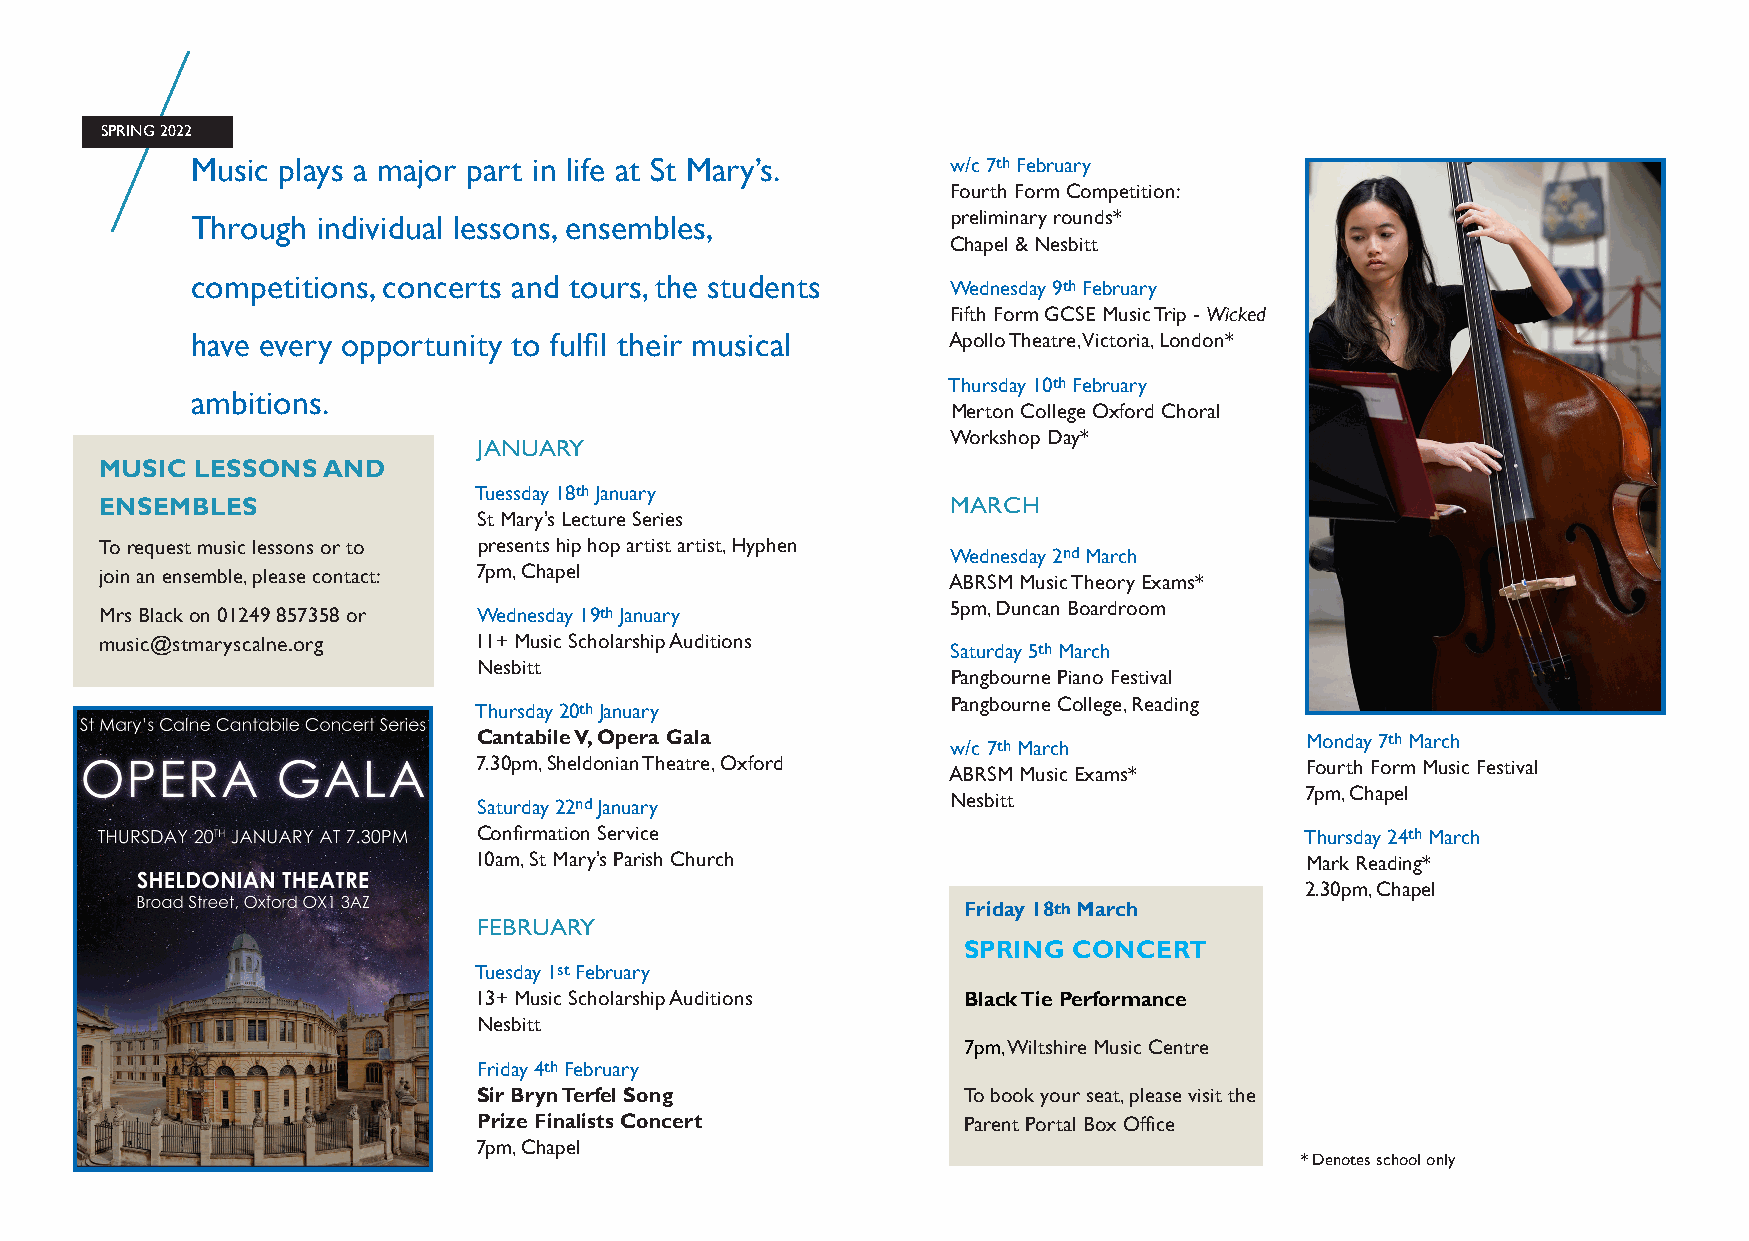
SPRING 2022
 Music plays a major part in life at St Mary’s.    w/c 7th February
 Fourth Form Competition:
 Through individual lessons, ensembles,            preliminary rounds*
 Chapel & Nesbitt
 competitions, concerts and tours, the students    Wednesday 9th February
 Fifth Form GCSE Music Trip - Wicked
 have every opportunity to fulfil their musical    Apollo Theatre, Victoria, London*
 Thursday 10th February
 ambitions.
 Merton College Oxford Choral
 JANUARY
 Workshop Day*
 MUSIC LESSONS AND
 Tuessday 18th January
 ENSEMBLES                                               MARCH
 St Mary’s Lecture Series
 To request music lessons or to presents hip hop artist artist, Hyphen
 Wednesday 2nd March
 join an ensemble, please contact: 7pm, Chapel           ABRSM Music Theory Exams*
 Mrs Black on 01249 857358 or Wednesday 19th January     5pm, Duncan Boardroom
 music@stmaryscalne.org  11+ Music Scholarship Auditions
 Saturday 5th March
 Nesbitt
 Pangbourne Piano Festival
 Thursday 20th January           Pangbourne College, Reading
 Cantabile V, Opera Gala                               Monday 7th March
 w/c 7th March
 7.30pm, Sheldonian Theatre, Oxford                     Fourth Form Music Festival
 ABRSM Music Exams*
 7pm, Chapel
 Saturday 22nd January          Nesbitt
 Confirmation Service                                  Thursday 24th March
 10am, St Mary’s Parish Church                          Mark Reading*
 2.30pm, Chapel
 Friday 18th March
 FEBRUARY
 SPRING CONCERT
 Tuesday 1st February
 13+ Music Scholarship Auditions  Black Tie Performance
 Nesbitt
 7pm, Wiltshire Music Centre
 Friday 4th February
 Sir Bryn Terfel Song            To book your seat, please visit the
 Prize Finalists Concert         Parent Portal Box Office
 7pm, Chapel
 * Denotes school only